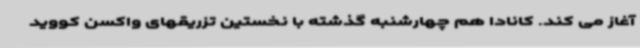
آغاز می کند. کانادا هم چهارشنبه گذشته با نخستین تزریقهای واکسن کووید